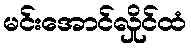
မင်းအောင်လှိုင်ထံ